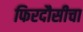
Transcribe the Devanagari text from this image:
फिरदौसीचा